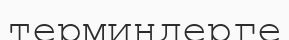
терминдерге